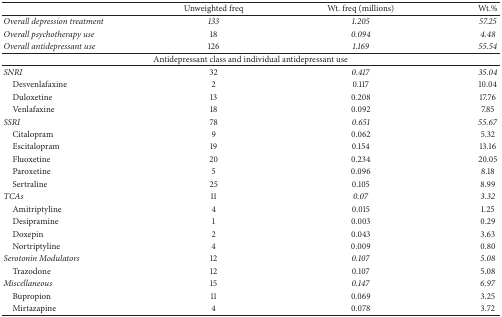
<table><thead><tr><td><b> </b></td><td><b>Unweighted freq</b></td><td><b>Wt. freq (millions)</b></td><td><b>Wt.%</b></td></tr></thead><tbody><tr><td><i>Overall depression treatment</i></td><td><i>133</i></td><td><i>1.205</i></td><td><i>57.25</i></td></tr><tr><td><i>Overall psychotherapy use</i></td><td>18</td><td><i>0.094</i></td><td><i>4.48</i></td></tr><tr><td><i>Overall antidepressant use</i></td><td>126</td><td><i>1.169</i></td><td><i>55.54</i></td></tr><tr><td colspan="4">Antidepressant class and individual antidepressant use</td></tr><tr><td><i>SNRI</i></td><td>32</td><td><i>0.417</i></td><td><i>35.04</i></td></tr><tr><td> Desvenlafaxine</td><td>2</td><td>0.117</td><td>10.04</td></tr><tr><td> Duloxetine</td><td>13</td><td>0.208</td><td>17.76</td></tr><tr><td> Venlafaxine</td><td>18</td><td>0.092</td><td>7.85</td></tr><tr><td><i>SSRI</i></td><td>78</td><td><i>0.651</i></td><td><i>55.67</i></td></tr><tr><td> Citalopram</td><td>9</td><td>0.062</td><td>5.32</td></tr><tr><td> Escitalopram</td><td>19</td><td>0.154</td><td>13.16</td></tr><tr><td> Fluoxetine</td><td>20</td><td>0.234</td><td>20.05</td></tr><tr><td> Paroxetine</td><td>5</td><td>0.096</td><td>8.18</td></tr><tr><td> Sertraline</td><td>25</td><td>0.105</td><td>8.99</td></tr><tr><td><i>TCAs</i></td><td>11</td><td><i>0.07</i></td><td><i>3.32</i></td></tr><tr><td> Amitriptyline</td><td>4</td><td>0.015</td><td>1.25</td></tr><tr><td> Desipramine</td><td>1</td><td>0.003</td><td>0.29</td></tr><tr><td> Doxepin</td><td>2</td><td>0.043</td><td>3.63</td></tr><tr><td> Nortriptyline</td><td>4</td><td>0.009</td><td>0.80</td></tr><tr><td><i>Serotonin Modulators</i></td><td>12</td><td><i>0.107</i></td><td><i>5.08</i></td></tr><tr><td> Trazodone</td><td>12</td><td>0.107</td><td>5.08</td></tr><tr><td><i>Miscellaneous</i></td><td>15</td><td><i>0.147</i></td><td><i>6.97</i></td></tr><tr><td> Bupropion</td><td>11</td><td>0.069</td><td>3.25</td></tr><tr><td> Mirtazapine</td><td>4</td><td>0.078</td><td>3.72</td></tr></tbody></table>